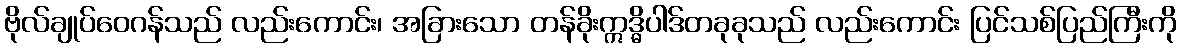
ဗိုလ်ချုပ်ဝေဂန်သည် လည်းကောင်း၊ အခြားသော တန်ခိုးဣဒ္ဓိပါဒ်တခုခုသည် လည်းကောင်း ပြင်သစ်ပြည်ကြီးကို